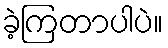
ခဲ့ကြတာပါပဲ။